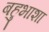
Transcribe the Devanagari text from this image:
बहुभाशा